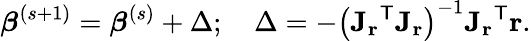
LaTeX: {\boldsymbol{\beta}}^{(s+1)}={\boldsymbol{\beta}}^{(s)}+\Delta;\quad\Delta=-\left(\mathbf{J_{r}}^{\mathsf{T}}\mathbf{J_{r}}\right)^{-1}\mathbf{J_{r}}^{\mathsf{T}}\mathbf{r}.